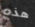
هذه